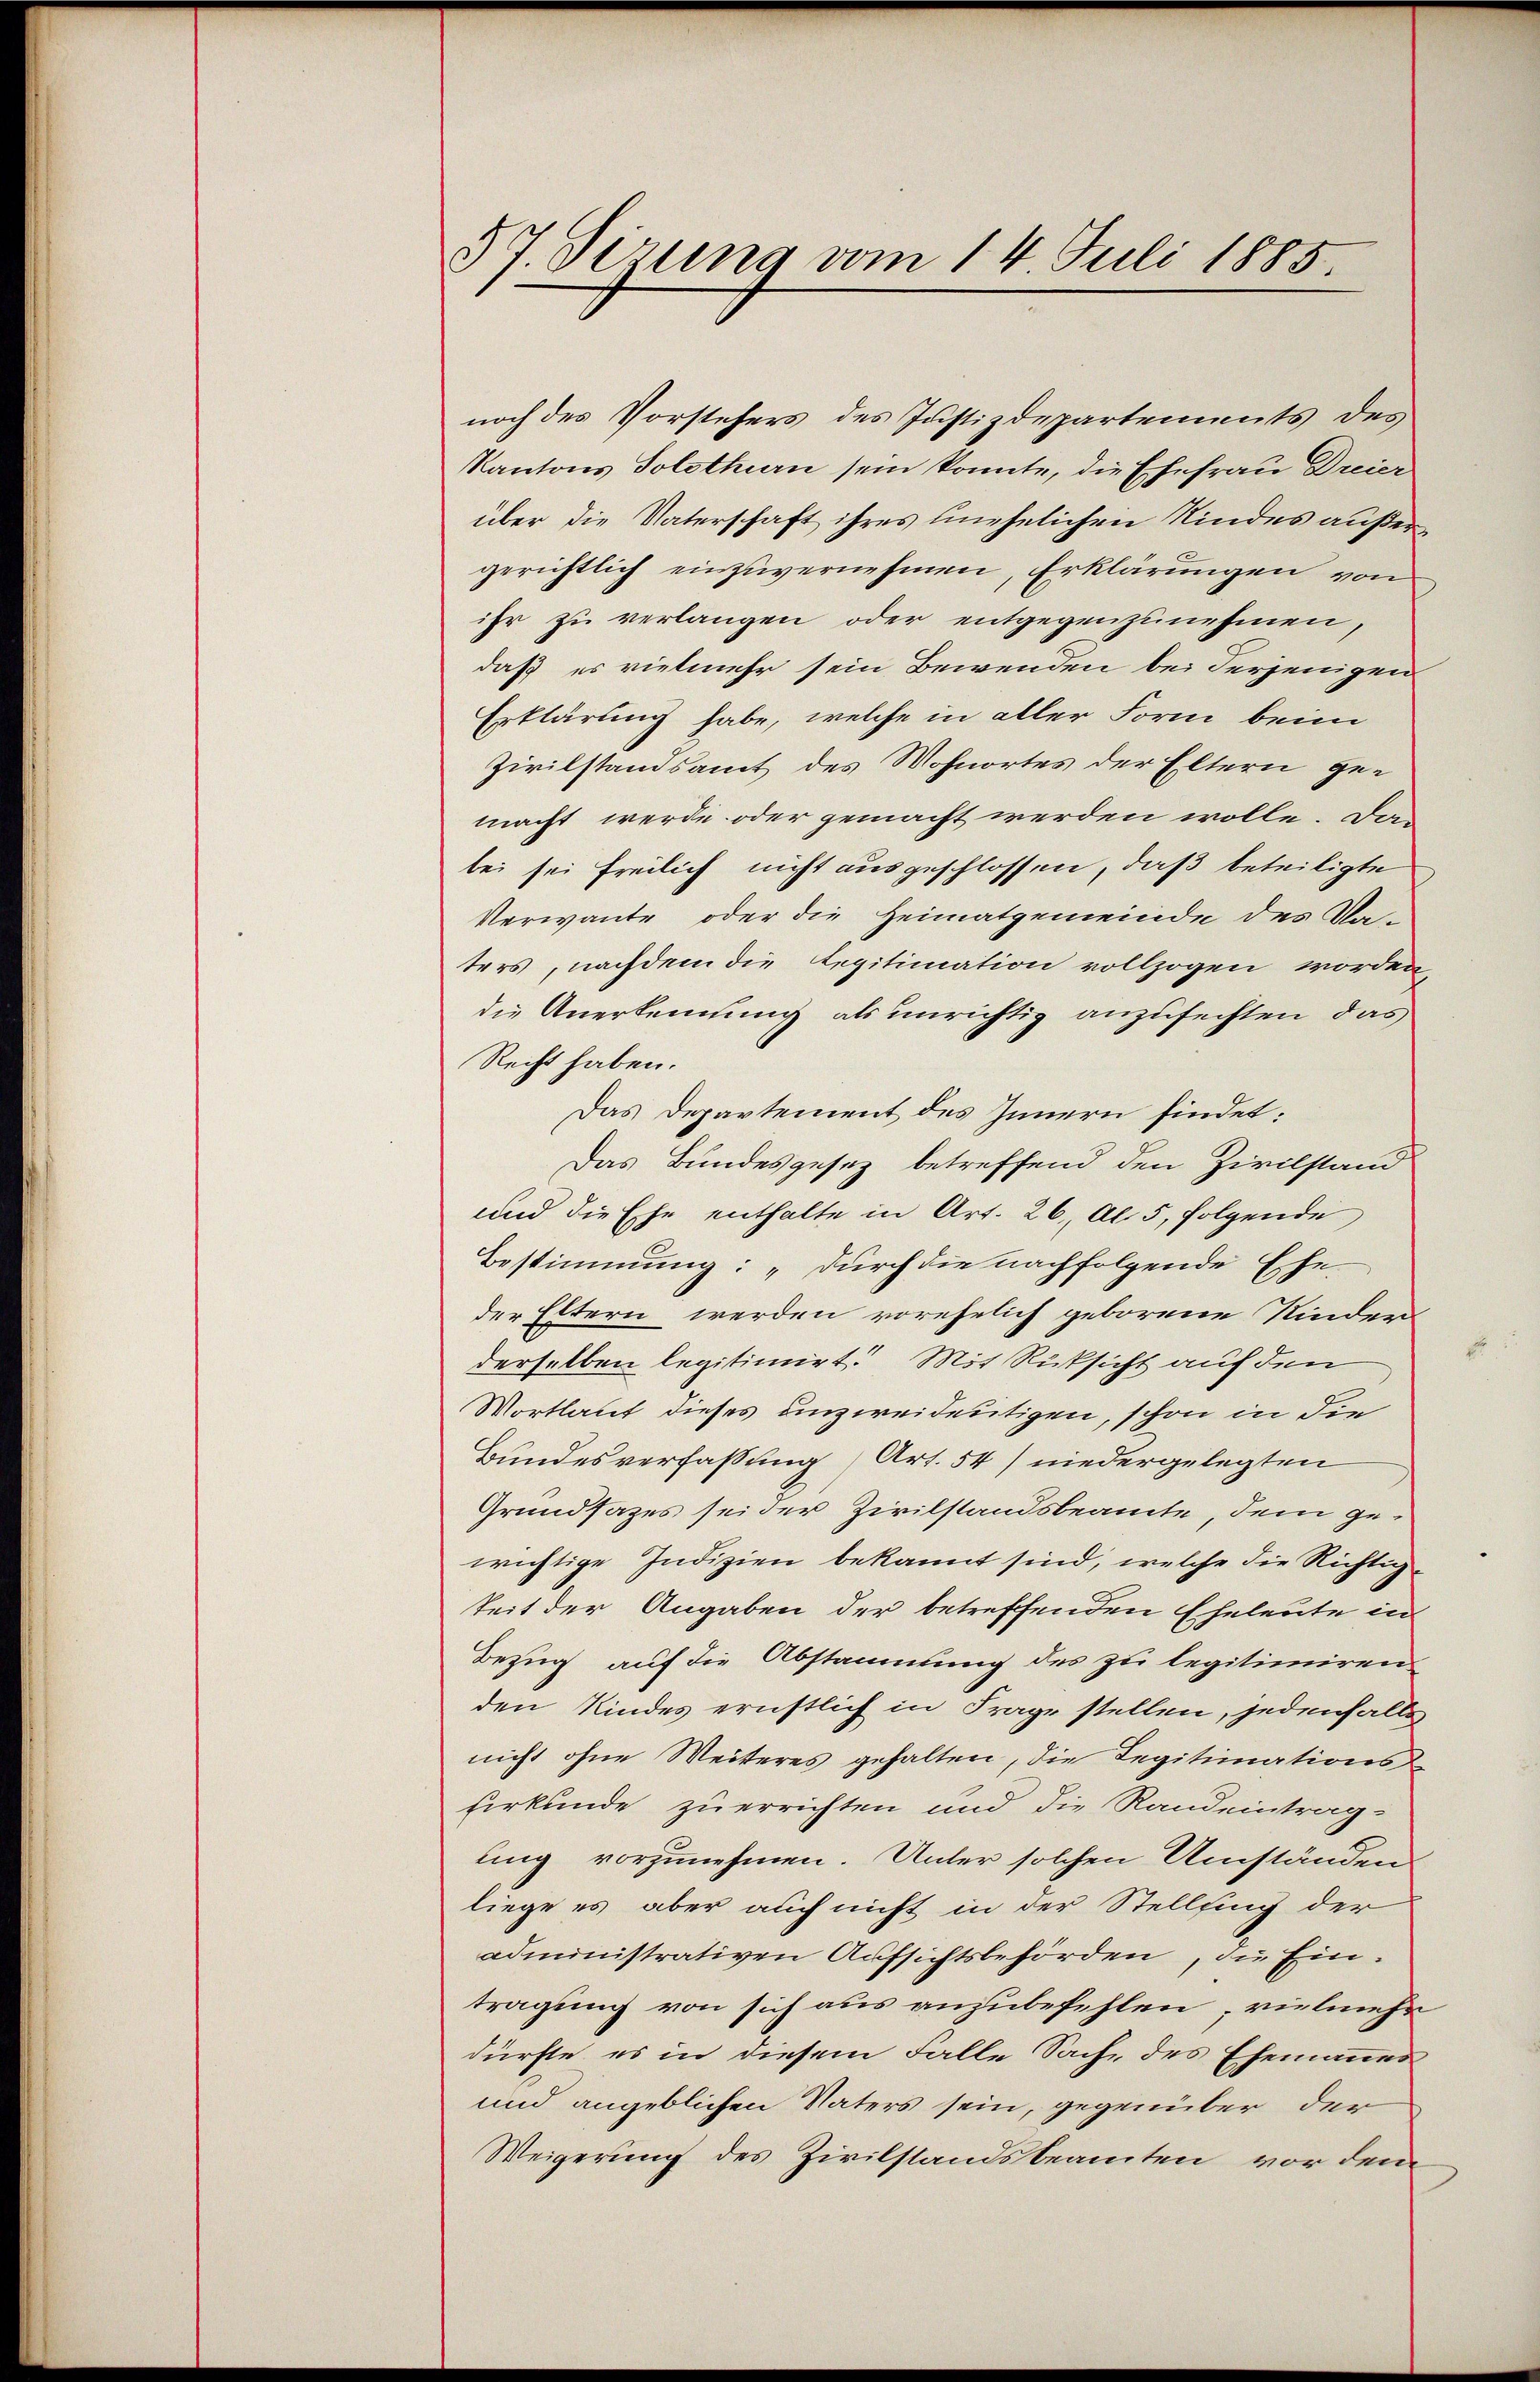
37. Sirung vom 14. Juli 1885.

noch des Vorstehers des Justizdepartements des
Kantons Solothurn sein konnte, die Ehefrau Dreier
über die Vaterschaft ihres unehelichen Kindes außergerichtlich einzuvernehmen, Erklärungen von
ihr zu verlangen oder entgegenzunehmen,
daß es vielmehr sein Bewenden bei derjenigen
Erklärung habe, welche in aller Form beim
Zivilstandsamt des Wohnortes der Eltern gemacht werde oder gemacht werden wolle. Dan
bei sei freilich nicht ausgeschlossen, daß beteiligte
Verwante oder die Heimatgemeinde des Va-
ters, nachdem die Legitimation vollzogen worden,
die Anerkennung als unrichtig anzufechten, das
Recht haben.
Das Departement des Innern findet:
Das Bundesgesez betreffend den Zivilstand
und die Ehe enthalte in Art. 26, Al. 5, folgende
Bestimmung: „Durch die nachfolgende Ehe-
der Eltern werden vorehelich geborene Kinder
derselben legitimiert. Mit Rücksicht auf den
Wortlaut dieses unzweideutigen, schon in die
Bundesverfassung (Art. 54 niedergelegten
Grundsazes sei der Zivilstandsbeamte, dem gewichtige Indizien bekannt sind, welche die Richtigteit der Angaben der betreffenden Eheleute in
Bezug auf die Abstammung des zu legitimiren
den Kindes ernstlich in Frage stellen, jedenfalls
nicht ohne Weiteres gehalten, die Legitimationsurkunde zu errichten und die Randeintragung vorzunehmen. Unter solchen Umständen
liege es aber auch nicht in der Stellsing der
administrativen Aufsichtsbehörden, die Eintragung von sich aus anzubefehlen, vielmehr
dürfte, es in diesem Falle Sache des Ehemannes
und angeblichen Vaters sein, gegenüber der
Weigerung des Zivilstandsbeamten vor dem